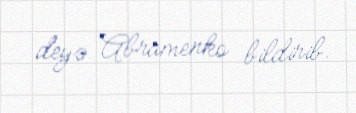
deyə Abramenko bildirib.